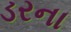
ડરના